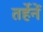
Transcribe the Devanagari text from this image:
तर्हेनें